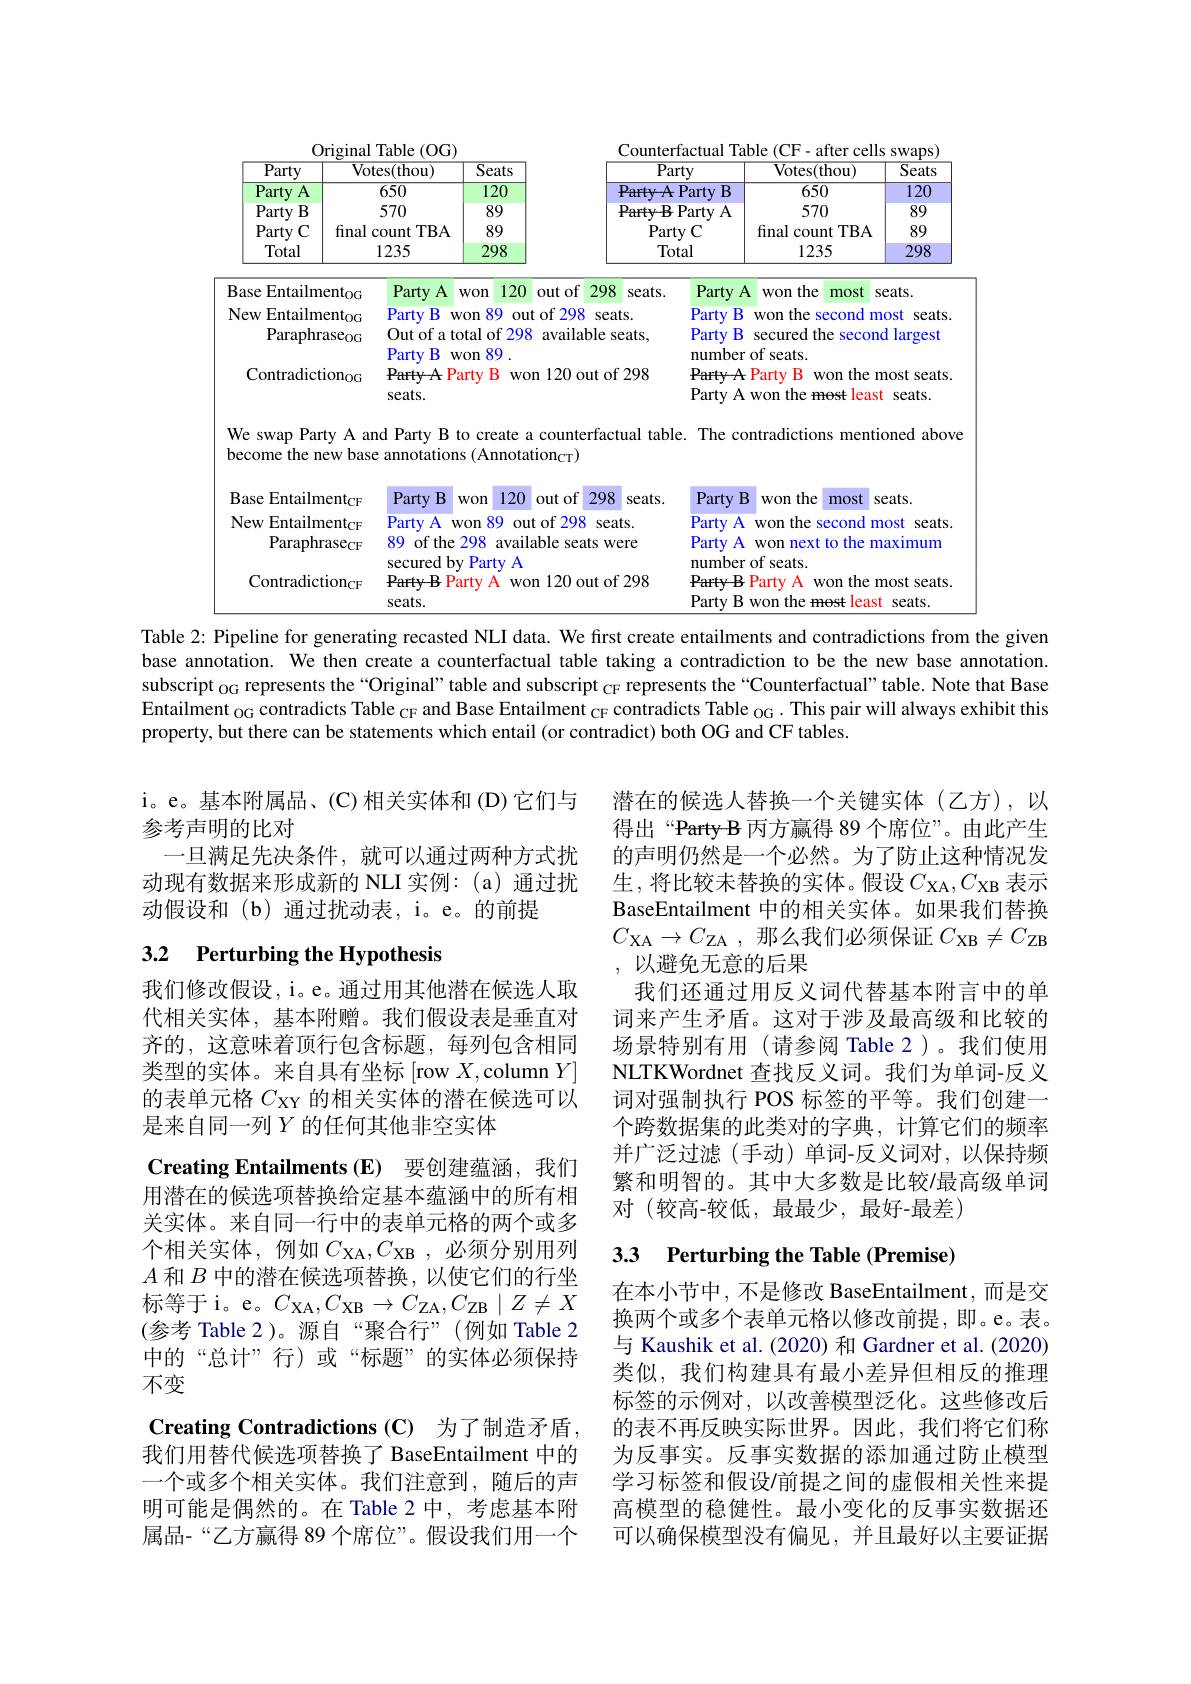
<table>
	<tbody>
		<tr>
			<th colspan="3">$0rigin$ al Tahle (0G)</th>
			<th>Counter</th>
			<th colspan="3">terfactual Table (CF- after cells swaps)</th>
		</tr>
		<tr>
			<th>$\overline{\mathrm{Party}}$</th>
			<th>$\overline{{\mathrm{Votes(thou)}}}$</th>
			<th>$\overline{\text{Seats}}$</th>
			<th>$\overline{\mathrm{Pa}}$</th>
			<th>arty</th>
			<th>Votes( thou) </th>
			<th>$\overline{\text{Seats}}$</th>
		</tr>
		<tr>
			<th>Party $A$ $\frac{1}{2}=\frac{1}{2}$</th>
			<th>650</th>
			<th>120</th>
			<th>Party A</th>
			<th>Party $B$</th>
			<th>650</th>
			<th>120</th>
		</tr>
		<tr>
			<th>Party $B$</th>
			<th>570</th>
			<th>89</th>
			<th>PartyB</th>
			<th>Party $A$</th>
			<th>570</th>
			<th>89</th>
		</tr>
		<tr>
			<th>Party $C$</th>
			<th>final count $TBA$</th>
			<th>89</th>
			<th>Par</th>
			<th>rty C</th>
			<th>final count $TBA$ 1</th>
			<th>89</th>
		</tr>
		<tr>
			<th>Total</th>
			<th>1235</th>
			<th>298</th>
			<th>$Tc$</th>
			<th>otal</th>
			<th>1235</th>
			<th>298</th>
		</tr>
		<tr>
			<td>sase Fnta</td>
			<td>Partv</td>
			<td>1</td>
			<td>out of 298 YI T</td>
			<td>$\mathbf{P}_{\mathrm{artv}}$</td>
			<td>the won most</td>
			<td>$\textbf{fc}$</td>
		</tr>
		<tr>
			<td>$\mathbf{F}_{\mathbf{n}}$ ayi</td>
			<td>R $\mathbf{P}_{\mathrm{arfv}}$</td>
			<td>$\mathbb{QO}$</td>
			<td>$\Delta f$ 798</td>
			<td>Part R</td>
			<td> </td>
			<td>rante 1</td>
		</tr>
		<tr>
			<td>ITVW LIIUI Paraphra</td>
			<td>$UU$ $\boldsymbol{u}_{\boldsymbol{v}}$ L Out of a to eoG Partv $B$ 1</td>
			<td>wun 0/ Wu otal of 298 NOn</td>
			<td>01/0 DVULD available seats,</td>
			<td colspan="3">able seats, Party B secured the second largest cpatc</td>
		</tr>
		<tr>
			<td rowspan="1">M 101 Contradiction$_\mathrm{OG}$ PartyA . P seats.</td>
			<td colspan="3">PartyAPartyB $n_{\mathrm{OG}}$ won 120 out of 298 seats.</td>
			<td colspan="3">8 PartyA Party B won the most seats Party A won the most t least seats.</td>
		</tr>
	</tbody>
</table>

swap

become the new base annotations (Annotation$_\mathrm{CT})$

<table>
	<tbody>
		<tr>
			<td>$3ase$ · Entailment$_\mathrm{CF}$</td>
			<td>Party B 120 out of 298 seats. WOn</td>
			<td>Party B won the most $seats.$</td>
		</tr>
		<tr>
			<td>Vew $\mathrm{Entailment}_{\mathrm{CF}}$</td>
			<td>Party A 89 out of 298 won seats.</td>
			<td>Party A won the , second most seats</td>
		</tr>
		<tr>
			<td>Paraphrase$_\mathrm{CF}$</td>
			<td>89 of the 298 available seats were secured bv Partv A</td>
			<td>Party A Won I next to the maximum mber of seats</td>
		</tr>
		<tr>
			<td>Contradiction$_\mathrm{CF}$</td>
			<td>PartyB Party A won 120 out of 298 seats.</td>
			<td>PartyB Party A won the most seats Party B won the most : least seats.</td>
		</tr>
	</tbody>
</table>

Table 2: Pipeline for generating recasted NLI data. We first create entailments and contradictions from the given base annotation. We then create a counterfactual table taking a contradiction to be the new base annotation. subscript $_\mathrm{OG}$ represents the“Original’ table and subscript $_\mathrm{CF}$ represents the“Counterfactual” table. Note that Base Entailment $_\mathrm{OG}$ contradicts Table $_\mathrm{CF}\text{ and Base Entailment }_\mathrm{CF}$ contradicts Table $_\mathrm{OG}.$ This pair will always exhibit this property, but there can be statements which entail (or contradict) both OG and CF tables.

i。e。基本附属品、(C)相关实体和(D)它们与
参考声明的比对
一旦满足先决条件，就可以通过两种方式扰动现有数据来形成新的 NLI 实例：(a)通过扰动假设和(b)通过扰动表，i。e。的前提

## 3.2 Perturbing the Hypothesis

潜在的候选人替换一个关键实体(乙方),以得出“PartyB 丙方赢得 89 个席位”。由此产生的声明仍然是一个必然。为了防止这种情况发生，将比较未替换的实体。假设$C_\mathrm{XA},C_\mathrm{XB}$ 表示BaseEntailment 中的相关实体。如果我们替换$C_\mathrm{XA}\to C_\mathrm{ZA}~,~$那么我们必须保证 $C_\mathrm{XB}\neq C_\mathrm{ZB}$ ,以避免无意的后果
我们还通过用反义词代替基本附言中的单词来产生矛盾。这对于涉及最高级和比较的场景特别有用(请参阅 Table 2)。我们使用NLTKWordnet 查找反义词。我们为单词-反义词对强制执行 POS 标签的平等。我们创建一个跨数据集的此类对的字典，计算它们的频率并广泛过滤(手动)单词-反义词对，以保持频繁和明智的。其中大多数是比较/最高级单词对 (较高-较低，最最少，最好-最差)

我们修改假设，i。e。通过用其他潜在候选人取代相关实体，基本附赠。我们假设表是垂直对齐的，这意味着顶行包含标题，每列包含相同类型的实体。来自具有坐标[row $X$,column $Y]$ 的表单元格$C_\mathrm{XY}$的相关实体的潜在候选可以是来自同一列$Y$的任何其他非空实体

# 3.3 Perturbing the Table (Premise)

Creating Entailments (E) 要创建蕴涵，我们用潜在的候选项替换给定基本蕴涵中的所有相关实体。来自同一行中的表单元格的两个或多个相关实体，例如$C_\mathrm{XA},C_\mathrm{XB}$,必须分别用列$A$和$B$中的潜在候选项替换，以使它们的行坐标等于i。e。$C_\mathrm{XA},C_\mathrm{XB}\to C_\mathrm{ZA},C_\mathrm{ZB}\mid Z\neq X$ (参考 Table 2)。源自“聚合行”(例如 Table 2中的“总计”行)或“标题”的实体必须保持不变
$\textbf{Creating Contradictions( C) 为 了 制 造 矛 盾 }$, 我们用替代候选项替换了 BaseEntailment 中的一个或多个相关实体。我们注意到，随后的声明可能是偶然的。在 Table 2 中，考虑基本附属品-“乙方赢得 89个席位”。假设我们用一个

在本小节中，不是修改 BaseEntailment,而是交换两个或多个表单元格以修改前提，即。e。表。与 Kaushik et al.(2020) 和 Gardner et al.(2020) 类似，我们构建具有最小差异但相反的推理标签的示例对，以改善模型泛化。这些修改后的表不再反映实际世界。因此，我们将它们称为反事实。反事实数据的添加通过防止模型学习标签和假设/前提之间的虚假相关性来提高模型的稳健性。最小变化的反事实数据还可以确保模型没有偏见，并且最好以主要证据